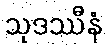
သုဒဿီနံ